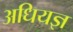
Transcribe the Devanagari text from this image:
अधियज्ञ